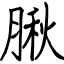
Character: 䐐